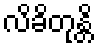
လိခိတုန္တိ